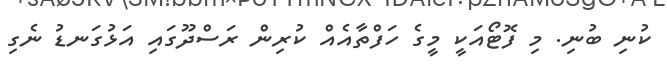
ކުނި ބުނި. މި ފޮޓޯއަކީ މީގެ ހަފްތާއެއް ކުރިން ރަސްދޫގައި އަޅުގަނޑު ނެގި